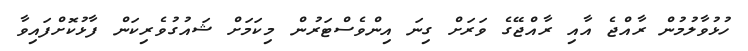
ހުޅުވާލުމުން ރާއްޖެ އާއި ރާއްޖޭގެ ވަރަށް ގިނަ އިންވެސްޓަރުން މިކަމަށް ޝައުގުވެރިކަން ފާޅުކޮށްފައިވާ